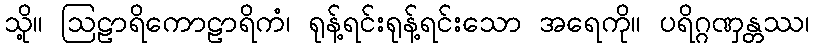
သို့။ ဩဠာရိကောဠာရိကံ၊ ရုန့်ရင်းရုန့်ရင်းသော အရေကို။ ပရိဂ္ဂဏှန္တဿ၊